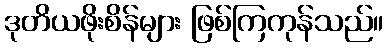
ဒုတိယဖိုးစိန်များ ဖြစ်ကြကုန်သည်။